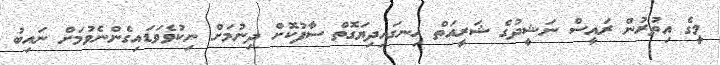
މީގެ އިތުރުން ރައީސް ނަޝީދުގެ ޝަރީއަތް ހިނގައިދިޔަގޮތް ސާފުކޮށް ދިނުމަށް ނިކުވެވަޑައިގެންނެވުމަށް ނައިބު